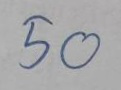
50